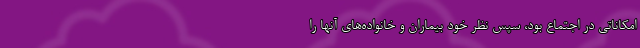
امکاناتی در اجتماع بود، سپس نظر خود بیماران و خانواده‌های آنها را